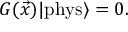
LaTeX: G ( \vec { x } ) | \mathrm { { p h y s } } \rangle = 0 .